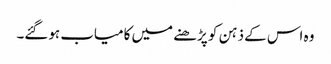
وہ اس کے ذہن کو پڑھنے میں کامیاب ہوگئے۔